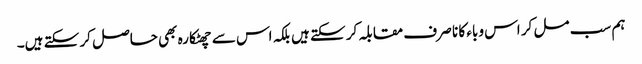
ہم سب مل کر اس وباء کا نا صر ف مقابلہ کر سکتے ہیں بلکہ اس سے چھٹکارہ بھی حاصل کر سکتے ہیں۔